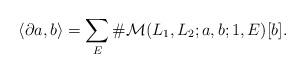
LaTeX: \begin{align*}\langle \partial a,b \rangle= \sum_{E}\#{\mathcal M}(L_1,L_2;a,b;1,E) [b].\end{align*}